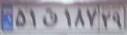
۵۱ق۱۸۷۲۹